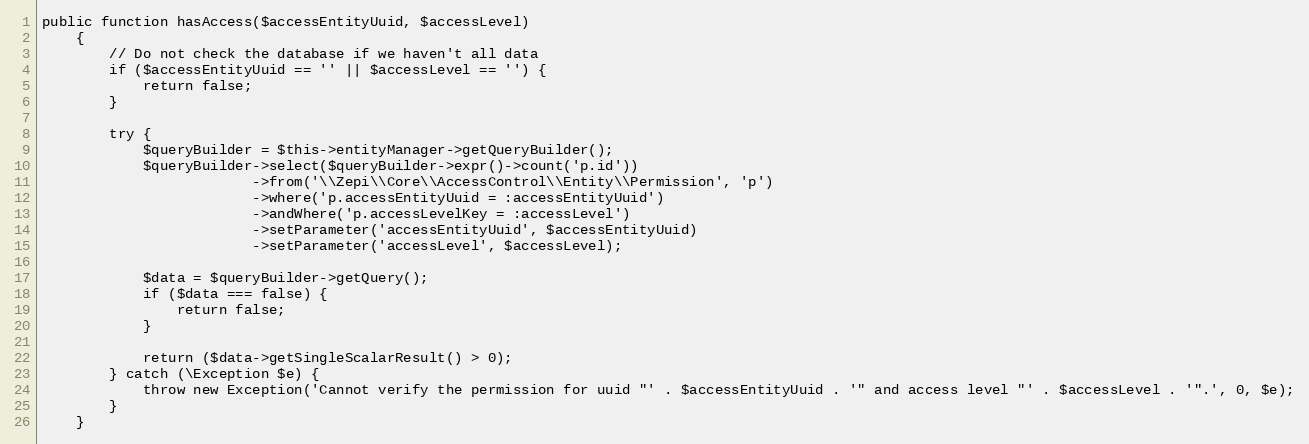
Language: PHP
public function hasAccess($accessEntityUuid, $accessLevel)
    {
        // Do not check the database if we haven't all data
        if ($accessEntityUuid == '' || $accessLevel == '') {
            return false;
        }

        try {
            $queryBuilder = $this->entityManager->getQueryBuilder();
            $queryBuilder->select($queryBuilder->expr()->count('p.id'))
                         ->from('\\Zepi\\Core\\AccessControl\\Entity\\Permission', 'p')
                         ->where('p.accessEntityUuid = :accessEntityUuid')
                         ->andWhere('p.accessLevelKey = :accessLevel')
                         ->setParameter('accessEntityUuid', $accessEntityUuid)
                         ->setParameter('accessLevel', $accessLevel);

            $data = $queryBuilder->getQuery();
            if ($data === false) {
                return false;
            }

            return ($data->getSingleScalarResult() > 0);
        } catch (\Exception $e) {
            throw new Exception('Cannot verify the permission for uuid "' . $accessEntityUuid . '" and access level "' . $accessLevel . '".', 0, $e);
        }
    }